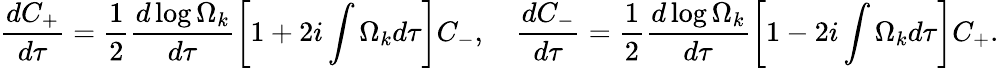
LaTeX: \frac{dC_{+}}{d\tau}=\frac{1}{2}\frac{d\log{\Omega_{k}}}{d\tau}\biggl[1+2i\int\Omega_{k}d\tau\biggr]C_{-},~~~~\frac{dC_{-}}{d\tau}=\frac{1}{2}\frac{d\log{\Omega_{k}}}{d\tau}\biggl[1-2i\int\Omega_{k}d\tau\biggr]C_{+}.